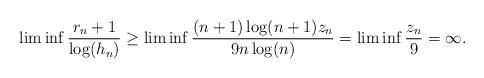
LaTeX: \begin{align*}\liminf \frac{r_{n}+1}{\log(h_{n})} \geq \liminf \frac{(n+1)\log(n+1)z_{n}}{9n\log(n)} = \liminf \frac{z_{n}}{9}= \infty.\end{align*}